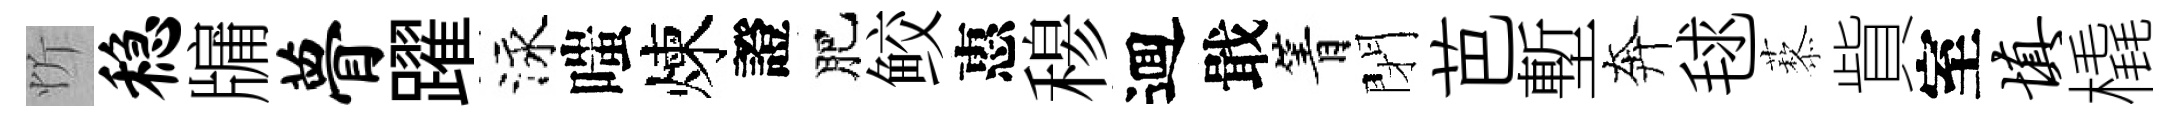
忻稳牖瞢躍泳嗤煉證肥鲛惠𥠇逥戢箐閉芭塹奔毬藜貲室填橇